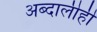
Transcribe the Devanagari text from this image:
अब्दालीही